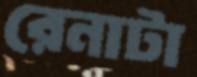
রেনাটা